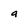
Character: a